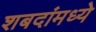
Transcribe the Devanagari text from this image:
शबदांमध्ये